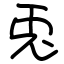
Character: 兎